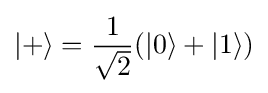
{\left|+\right\rangle }={\frac {1}{\sqrt {2}}}({\left|0\right\rangle }+{\left|1\right\rangle })